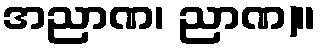
အညာဏ၊ ညာဏ)။